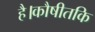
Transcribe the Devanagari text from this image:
है।कौषीतकि